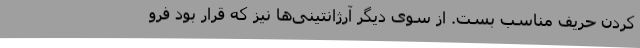
کردن حریف مناسب بست. از سوی دیگر آرژانتینی‌ها نیز که قرار بود فرو